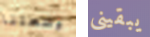
وضعتنا يبقيني